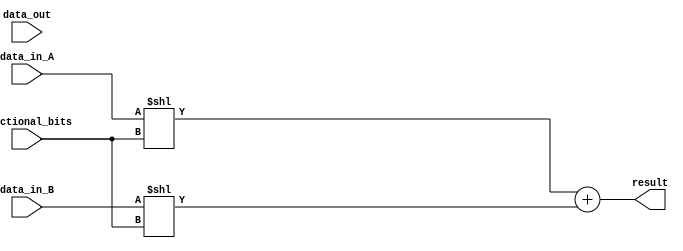
module fixed_point_adder(
    input signed [15:0] data_in_A,
    input signed [15:0] data_in_B,
    input signed [15:0] data_out,
    input [3:0] fractional_bits,
    output reg signed [15:0] result
);

reg signed [15:0] extended_data_A;
reg signed [15:0] extended_data_B;
reg signed [15:0] shifted_data_A;
reg signed [15:0] shifted_data_B;

// Sign extension
always @(*) begin
    if(data_in_A[15] == 1)
        extended_data_A = {16{data_in_A[15]}};
    else
        extended_data_A = {16{1'b0}};
    
    if(data_in_B[15] == 1)
        extended_data_B = {16{data_in_B[15]}};
    else
        extended_data_B = {16{1'b0}};
end

// Shift to align decimal points
always @(*) begin
    shifted_data_A = data_in_A << fractional_bits;
    shifted_data_B = data_in_B << fractional_bits;
end

// Addition operation
always @(*) begin
    result = shifted_data_A + shifted_data_B;
end

endmodule